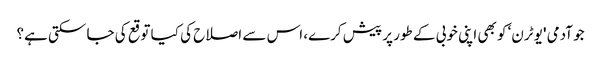
جو آدمی 'یو ٹرن‘ کو بھی اپنی خوبی کے طور پر پیش کرے، اس سے اصلاح کی کیا توقع کی جا سکتی ہے؟